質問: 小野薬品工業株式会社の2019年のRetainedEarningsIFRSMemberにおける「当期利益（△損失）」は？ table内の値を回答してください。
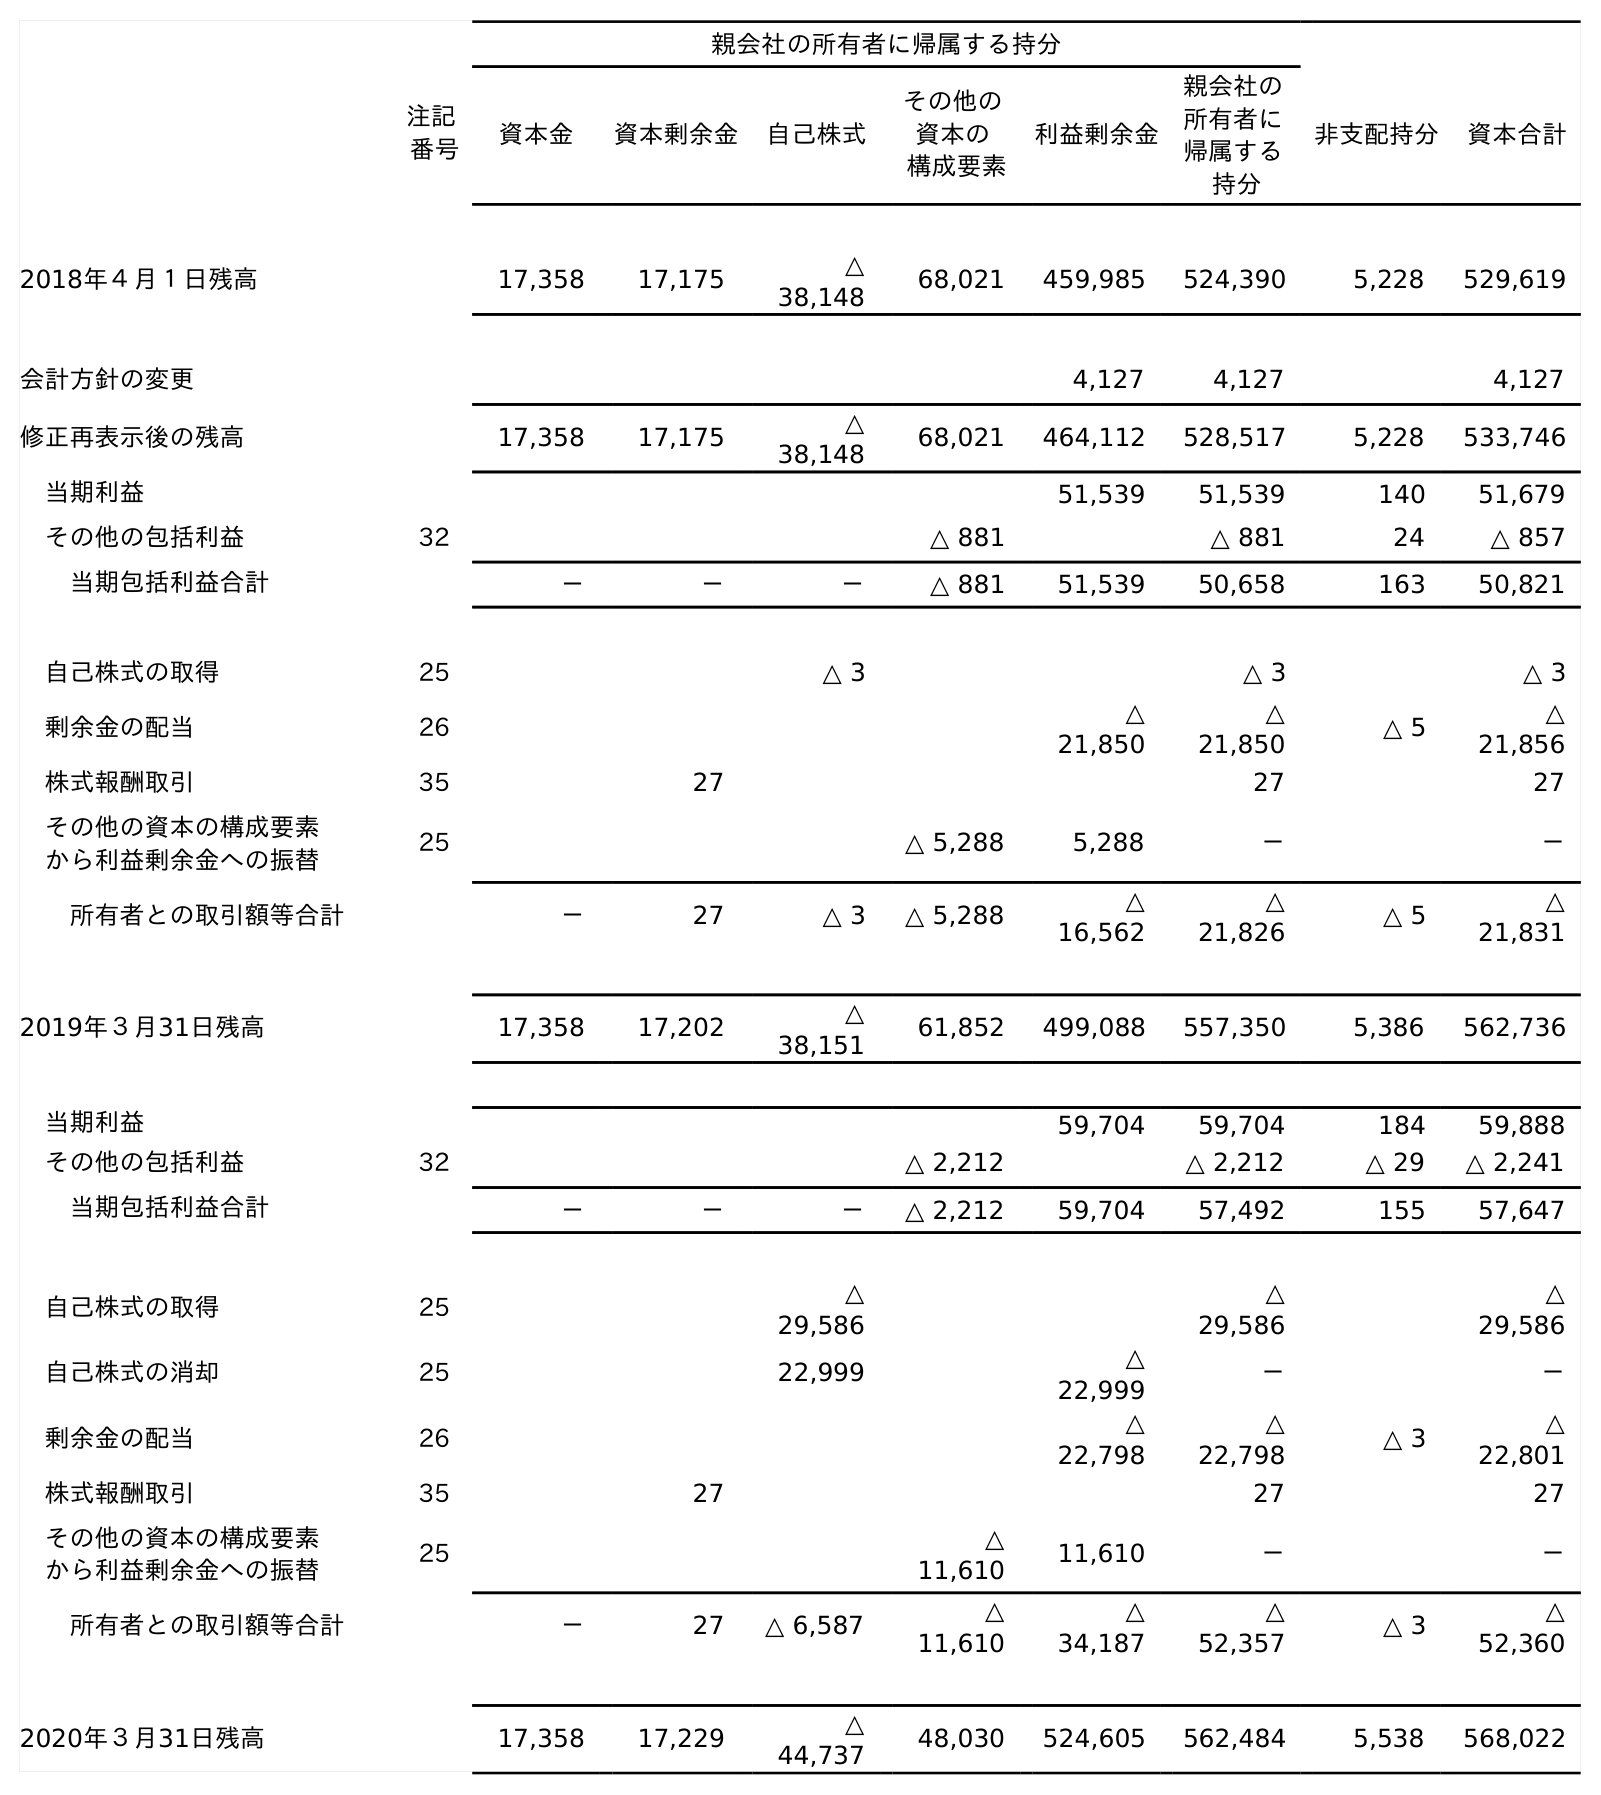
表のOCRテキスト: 親会社の所有者に帰属する持分 注記 番号 資本金 資本剰余金 自己株式 その他の 資本の 構成要素 利益剰余金 親会社の 所有者に 帰属する 持分 非支配持分 資本合計 2018年４月１日残高 17,358 17,175 △ 38,148 68,021 459,985 524,390 5,228 529,619 会計方針の変更 4,127 4,127 4,127 修正再表示後の残高 17,358 17,175 △ 38,148 68,021 464,112 528,517 5,228 533,746 当期利益 51,539 51,539 140 51,679 その他の包括利益 32 △ 881 △ 881 24 △ 857 当期包括利益合計 － － － △ 881 51,539 50,658 163 50,821 自己株式の取得 25 △ 3 △ 3 △ 3 剰余金の配当 26 △ 21,850 △ 21,850 △ 5 △ 21,856 株式報酬取引 35 27 27 27 その他の資本の構成要素 から利益剰余金への振替 25 △ 5,288 5,288 － － 所有者との取引額等合計 － 27 △ 3 △ 5,288 △ 16,562 △ 21,826 △ 5 △ 21,831 2019年３月31日残高 17,358 17,202 △ 38,151 61,852 499,088 557,350 5,386 562,736 当期利益 59,704 59,704 184 59,888 その他の包括利益 32 △ 2,212 △ 2,212 △ 29 △ 2,241 当期包括利益合計 － － － △ 2,212 59,704 57,492 155 57,647 自己株式の取得 25 △ 29,586 △ 29,586 △ 29,586 自己株式の消却 25 22,999 △ 22,999 － － 剰余金の配当 26 △ 22,798 △ 22,798 △ 3 △ 22,801 株式報酬取引 35 27 27 27 その他の資本の構成要素 から利益剰余金への振替 25 △ 11,610 11,610 － － 所有者との取引額等合計 － 27 △ 6,587 △ 11,610 △ 34,187 △ 52,357 △ 3 △ 52,360 2020年３月31日残高 17,358 17,229 △ 44,737 48,030 524,605 562,484 5,538 568,022
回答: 51,539